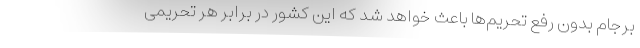
برجام بدون رفع تحریم‌ها باعث خواهد شد که این کشور در برابر هر تحریمی